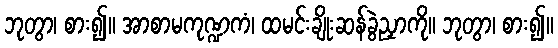
ဘုတွာ၊ စား၍။ အာစာမကုဏ္ဍကံ၊ ထမင်းချိုးဆန်ခွဲညှာကို။ ဘုတွာ၊ စား၍။